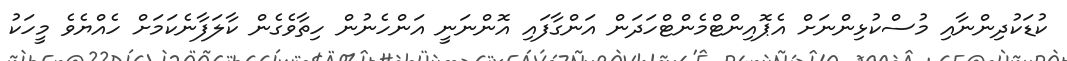
ކުޑަކުދިންނާއި މުސްކުޅިންނަށް އެޕޮއިންޓްމެންޓްހަދަން އަންގާފައި އޮންނަނީ އަންހެނުން ހިތާވެގެން ކާލަފާނެކަމަށް ހެއްޔެވެ މީހަކު